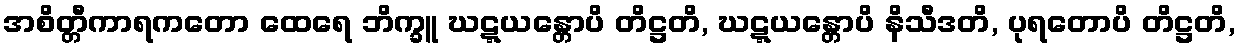
အစိတ္တီကာရကတော ထေရေ ဘိက္ခူ ဃဋ္ဋယန္တောပိ တိဋ္ဌတိ, ဃဋ္ဋယန္တောပိ နိသီဒတိ, ပုရတောပိ တိဋ္ဌတိ,